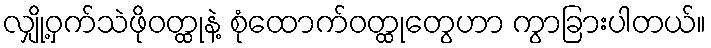
လျှို့ဝှက်သဲဖိုဝတ္ထုနဲ့ စုံထောက်ဝတ္ထုတွေဟာ ကွာခြားပါတယ်။